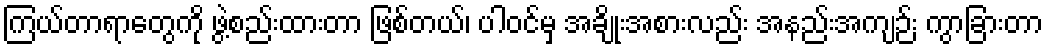
ကြယ်တာရာတွေကို ဖွဲ့စည်းထားတာ ဖြစ်တယ်၊ ပါဝင်မှ အချိုးအစားလည်း အနည်းအကျဉ်း ကွာခြားတာ